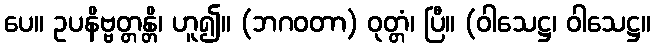
ပေ။ ဥပနိဗ္ဗတ္တန္တိ၊ ဟူ၍။ (ဘဂဝတာ) ဝုတ္တံ၊ ပြီ။ (ဝါသေဋ္ဌ၊ ဝါသေဋ္ဌ။